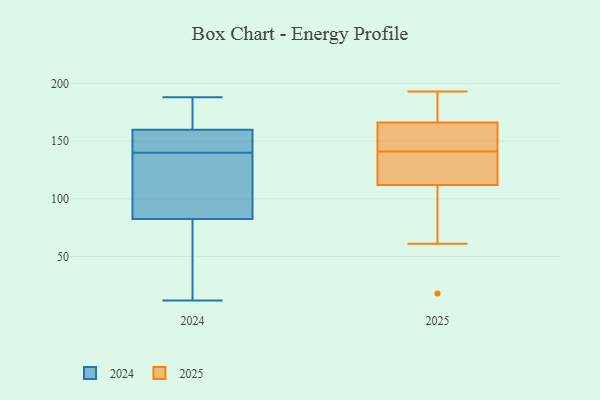
{"axis": {"x": "Operating Costs (USD K)", "y": "Value"}, "legend": ["2024", "2025"], "data": [{"x": "", "y": 133, "type": "2024"}, {"x": "", "y": 147, "type": "2024"}, {"x": "", "y": 179, "type": "2024"}, {"x": "", "y": 74, "type": "2024"}, {"x": "", "y": 97, "type": "2024"}, {"x": "", "y": 159, "type": "2024"}, {"x": "", "y": 66, "type": "2024"}, {"x": "", "y": 12, "type": "2024"}, {"x": "", "y": 188, "type": "2024"}, {"x": "", "y": 154, "type": "2024"}, {"x": "", "y": 91, "type": "2024"}, {"x": "", "y": 161, "type": "2024"}, {"x": "", "y": 138, "type": "2025"}, {"x": "", "y": 161, "type": "2025"}, {"x": "", "y": 184, "type": "2025"}, {"x": "", "y": 133, "type": "2025"}, {"x": "", "y": 141, "type": "2025"}, {"x": "", "y": 179, "type": "2025"}, {"x": "", "y": 193, "type": "2025"}, {"x": "", "y": 162, "type": "2025"}, {"x": "", "y": 18, "type": "2025"}, {"x": "", "y": 158, "type": "2025"}, {"x": "", "y": 61, "type": "2025"}, {"x": "", "y": 61, "type": "2025"}, {"x": "", "y": 129, "type": "2025"}]}